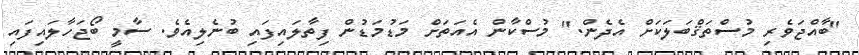
"ބާއްޖަވެރި މުސްތަޤްބަލަކަށް އެދެން." މުސްކާން އެއަތަށް މަޑުމަޑުން ފިތާލައިފައި ބުނެލިއެވެ. ސާމީ ބޯޖަހާލައިފައި